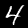
Digit: 4